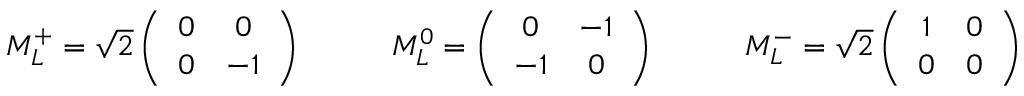
\begin{array} { l l l } { { M _ { L } ^ { + } = \sqrt { 2 } \left( \begin{array} { c c } { { 0 } } & { { 0 } } \\ { { 0 } } & { { - 1 } } \end{array} \right) \; \; \; \; \; \; \; } } & { { M _ { L } ^ { 0 } = \left( \begin{array} { c c } { { 0 } } & { { - 1 } } \\ { { - 1 } } & { { 0 } } \end{array} \right) \; \; \; \; \; \; \; } } & { { M _ { L } ^ { - } = \sqrt { 2 } \left( \begin{array} { c c } { { 1 } } & { { 0 } } \\ { { 0 } } & { { 0 } } \end{array} \right) \; \; \; \; \; \; \; } } \end{array} \; ,